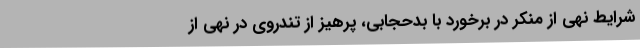
شرایط نهی از منکر در برخورد با بدحجابی، پرهیز از تندروی در نهی از